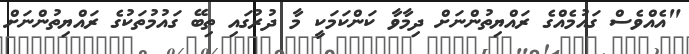
"އެއްވެސް ގައުމެއްގެ ރައްޔިތުންނަށް ދިމާވާ ކަންކަމަކީ މާ ދުރުގައި ތިބޭ ގައުމުތަކުގެ ރައްޔިތުންނަށް